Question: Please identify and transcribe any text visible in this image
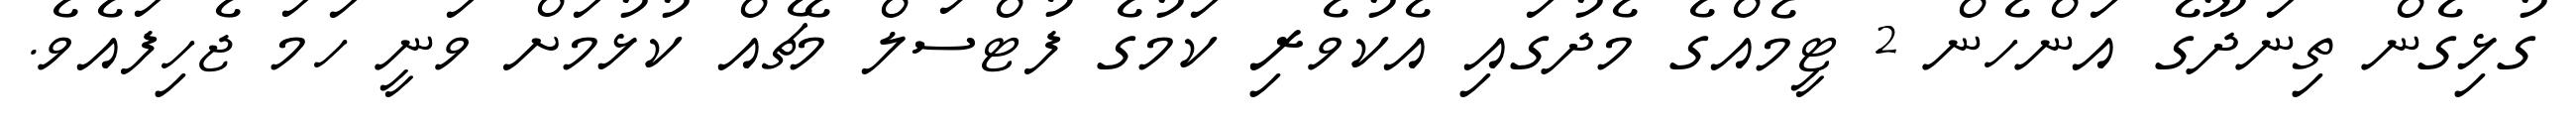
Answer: ގުޅިގެން ތިނަދޫގެ އަންހެން 2 ޓީމެއްގެ މެދުގައި އެކުވެރި ކަމުގެ ފުޓްސަލް މެޗެއް ކުޅުމަށް ވަނީ ހަމަ ޖެހިފައެވެ.